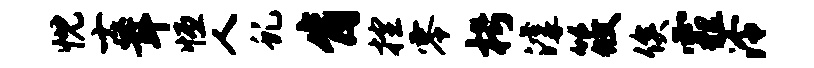
忱士茸恒人虬肯控零枵滹筱俟霾泠